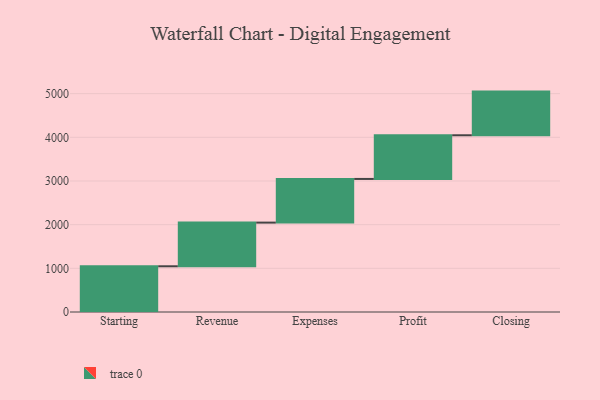
{"axis": {"x": "Step", "y": "Value"}, "legend": [""], "data": [{"x": "Starting", "y": 1047.0, "type": ""}, {"x": "Revenue", "y": 1000, "type": ""}, {"x": "Expenses", "y": 1000, "type": ""}, {"x": "Profit", "y": 1000, "type": ""}, {"x": "Closing", "y": 1000, "type": ""}]}